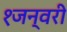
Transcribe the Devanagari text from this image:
१जन्वरी